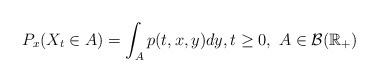
\begin{align*}P_x(X_t \in A) = \int_{A}p(t,x,y)dy, t \ge 0, \ A \in \mathcal{B}(\mathbb{R}_+)\end{align*}